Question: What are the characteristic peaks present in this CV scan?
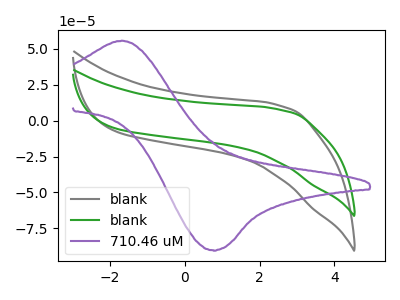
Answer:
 <answer>The gray curve "blank" has no peaks. The green curve "blank" has no peaks. The purple curve "710.46 uM" has an anodic peak at (-1.70V, 55.65uA) and a cathodic peak at (0.75V, -90.25uA).</answer>
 <eval></eval>